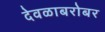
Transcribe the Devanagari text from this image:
देवळाबरोबर